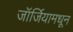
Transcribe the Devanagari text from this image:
जॉर्जियामधून